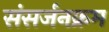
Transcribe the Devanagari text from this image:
संसर्जनक्रम